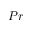
P r